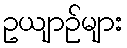
ဥယျာဉ်များ